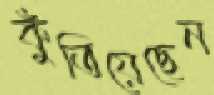
কুঁতিয়েছেন